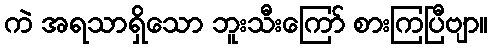
ကဲ အရသာရှိသော ဘူးသီးကြော် စားကြပြီဗျာ။